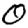
Digit: 0